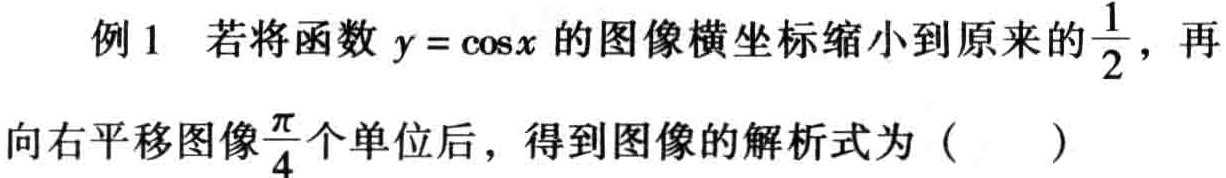
例1 若将函数$y = \cos x$的图像横坐标缩小到原来的$\frac{1}{2}$，再向右平移图像$\frac{\pi}{4}$个单位后，得到图像的解析式为（  ）